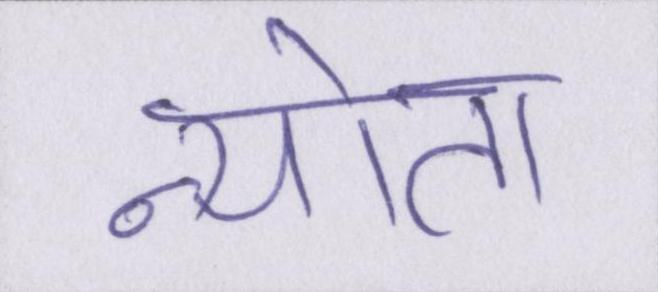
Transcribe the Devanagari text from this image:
न्योता